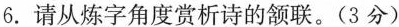
6.请从炼字角度赏析诗的颔联。(3分)